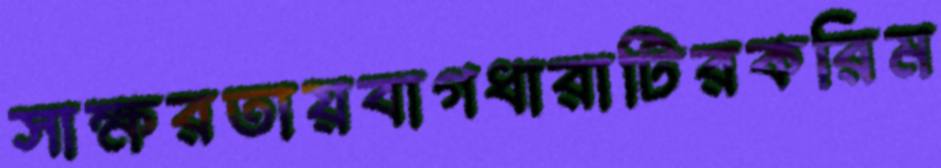
সাক্ষরতায়বাগধারাটিরকরিম